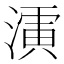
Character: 𱨎